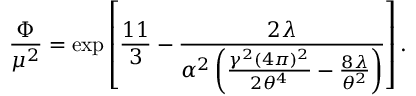
\frac { \Phi } { \mu ^ { 2 } } = \exp \left[ \frac { 1 1 } { 3 } - \frac { 2 \lambda } { \alpha ^ { 2 } \left( \frac { \gamma ^ { 2 } ( 4 \pi ) ^ { 2 } } { 2 \theta ^ { 4 } } - \frac { 8 \lambda } { \theta ^ { 2 } } \right) } \right] .